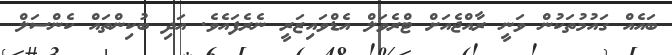
ބައެއް ގައުމުތަކުން ވަނީ ރާއްޖެއަށް ޓްރެވަލް އެޑްވައިޒަރީ ނެރެފައެވެ. އަދި ބުކިންތައް ކެންސަލް